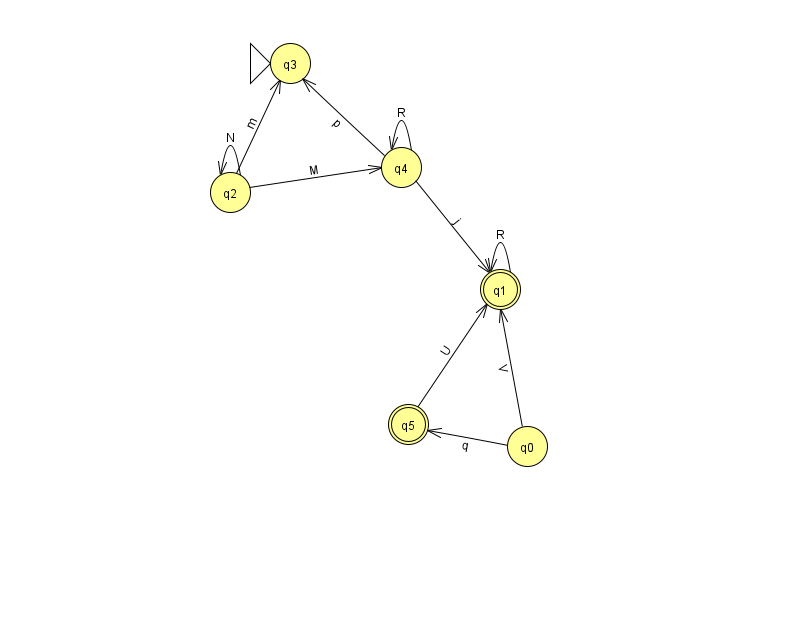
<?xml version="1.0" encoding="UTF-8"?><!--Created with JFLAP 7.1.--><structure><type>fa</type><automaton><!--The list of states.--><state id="0" name="q0"><x>527.0</x><y>433.0</y></state><state id="1" name="q1"><x>500.0</x><y>276.0</y><final/></state><state id="2" name="q2"><x>230.0</x><y>179.0</y></state><state id="3" name="q3"><x>290.0</x><y>50.0</y><initial/></state><state id="4" name="q4"><x>401.0</x><y>154.0</y></state><state id="5" name="q5"><x>408.0</x><y>411.0</y><final/></state><!--The list of transitions.--><transition><from>5</from><to>1</to><read>U</read></transition><transition><from>1</from><to>1</to><read>R</read></transition><transition><from>4</from><to>4</to><read>R</read></transition><transition><from>2</from><to>4</to><read>M</read></transition><transition><from>4</from><to>1</to><read>j</read></transition><transition><from>2</from><to>3</to><read>m</read></transition><transition><from>4</from><to>3</to><read>p</read></transition><transition><from>0</from><to>1</to><read>V</read></transition><transition><from>2</from><to>2</to><read>N</read></transition><transition><from>0</from><to>5</to><read>q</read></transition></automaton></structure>